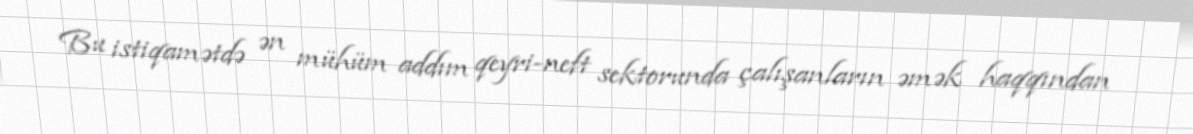
Bu istiqamətdə ən mühüm addım qeyri-neft sektorunda çalışanların əmək haqqından